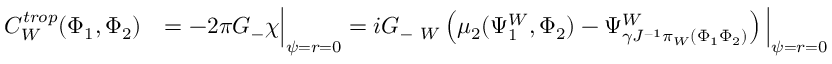
\begin{array} { r l } { C _ { W } ^ { t r o p } ( \Phi _ { 1 } , \Phi _ { 2 } ) } & { = - 2 \pi G _ { - } \chi \Big | _ { \psi = r = 0 } = i G _ { - } { \bf \Sigma } _ { W } \left( \mu _ { 2 } ( \Psi _ { 1 } ^ { W } , \Phi _ { 2 } ) - \Psi _ { { \gamma } J ^ { - 1 } \pi _ { W } ( \Phi _ { 1 } \Phi _ { 2 } ) } ^ { W } \right) \Big | _ { \psi = r = 0 } } \end{array}